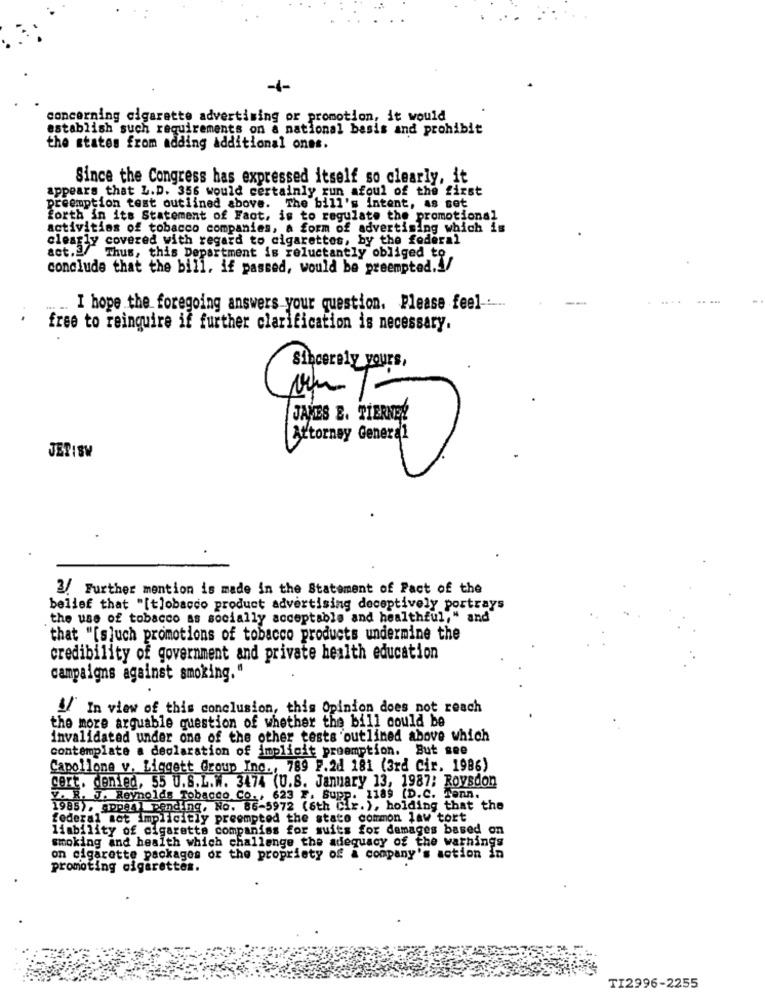
-4-
concerning cigarette advertising or promotion, it would
establish such requirements on a national basis and prohibit
the states from adding additional ones.
Since the Congress has expressed itself so clearly, it
appears that L.D. 356 would certainly run afoul of the first
preemption test outlined above. The bill's intent, as set
forth in its Statement of Fact, is to regulate the promotional
activities of tobacco companies, a form of advertising which is
clearly covered with regard to cigarettes, by the federal
act.3/ Thus, this Department is reluctantly obliged to
conclude that the bill, if passed, would be preempted.4/
.....
I hope the foregoing answers your question. Please feel -...
free to reinquire if further clarification is necessary.
Sincerely yours,
JAMES E. TIERNEY
[Attorney General
JEPISV
3. Further mention is made in the Statement of Fact of the
belief that "[t]obacco product advertising deceptively portrays
the use of tobacco as socially acceptable and healthful," and"
that "[s]uch promotions of tobacco products undermine the
credibility of government and private health education
campaigns against smoking."
#/ In view of this conclusion, this Opinion does not reach
the more arguable question of whether the bill could be
invalidated under one of the other tests outlined above which
contemplate a declaration of implicit proemption. But see
Capollone v. Liggett Group Inc ., 789 F.2d 181 (3rd Cir. 1986)
cert. denied, 55 U.S.L.W. 3474 (U.S. January 13, 1987; Roysdon
V. R. J. Reynolds Tobacco Co ., 623 X. Supp. 1189 (D.C. Tenn.
1985), appeal pending, No. 86-5972 (6th Cir.), holding that the
federal mot Implicitly preempted the state common law tort
liability of cigarette companies for suits for damages based on
smoking and health which challenge the adequacy of the wathings
on cigarette packages or the propriety of a company's action in
promoting cigarettes.
TI2996-2255